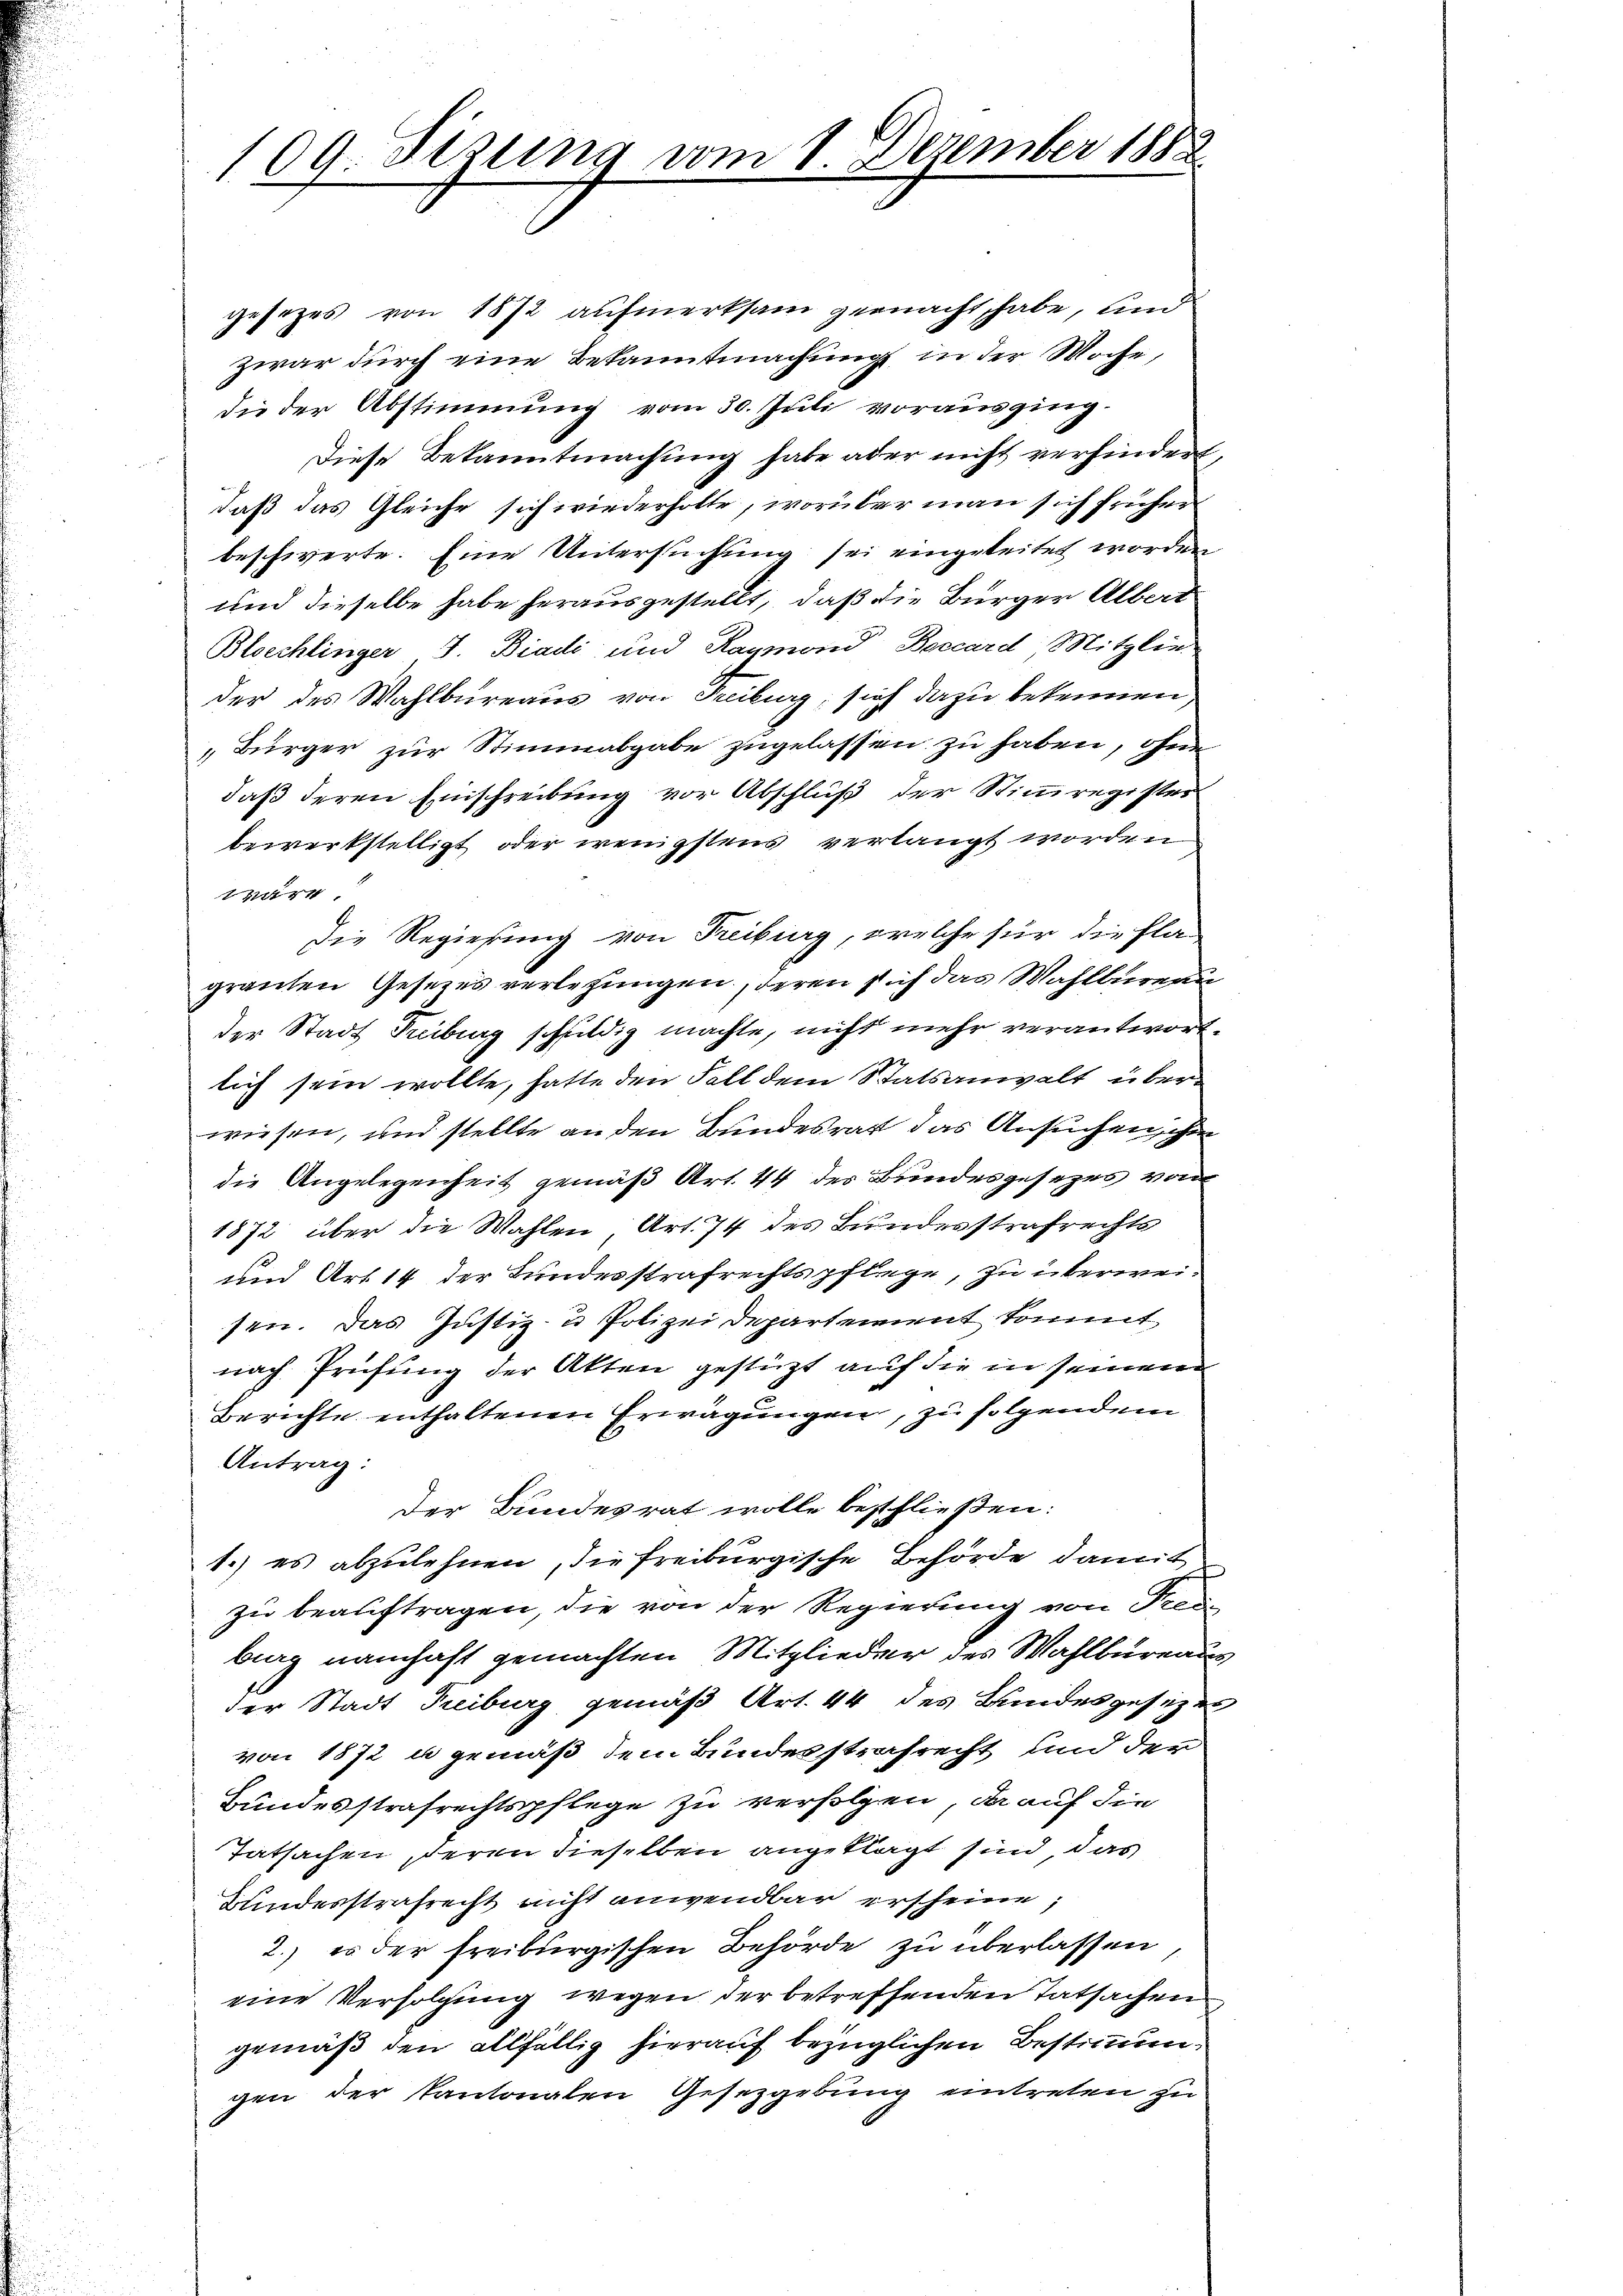
109. Sizung vom 1. Dezember 1882

gesezes von 1872 aufmerksam gemacht habe, und
zwar durch eine Bekanntmachung in der Woche,
die der Abstimmung vom 30. Juli vorausging.
Diese Bekanntmachung habe aber nicht verhindert,
daß das Gleiche sich wiederholte, worüber man sich sucher
beschwerte. Eine Untersuchung sei eingeleitet worden
und dieselbe habe herausgestellt, daß die Bürger Albert
Bloechlinger J. Biadi und Raymond, Baccard Mitglieder des Wahlbureaus von Freiburg, sich dazu bekennen,
„Bürger zur Stimmabgabe zugelassen zu haben, ohne
daß deren Einschreibung vor Abschluß der Stimmregister
bewerkstelligt oder wenigstens verlangt worden
wäre.
Die Regierung von Reiburg, welche für die Fla-
grauten Gesezes verletzungen, deren sich das Wahlbureau
der Stadt Freiburg schuldig machte, nicht mehr verantwortlich sein wollte, hatte den Fall dem Statsanwalt überwiesen, und stellte an den Bundesrat das Ansuchen, ihre
die Angelegenheit gemäß Art. 44 der Bundesgesezes von
1872 über die Wahlen Art. 74 des Bundesstrafrechts
und Art 14 der Bundesstrafrechtspflege, zu überweisen. Das Justiz- & Polizei Departement kommt,
nach Prüfung der Akten gestützt auf die in seinem
Berichte enthaltenen Erwägungen, zu folgendem
Antrag:
Der Bundesrat wolle beschließen:
1.) es abzulehnen, die freiburgische Behörde damit
zu beauftragen, die von der Regierung von Freu
burg namhaft gemachten Mitglieder des Wahlbüreausder Stadt Treiburg gemäß Art. 44 des Bundesgesezen
von 1872 u gemäß dem Bundesstrafrecht und der
Bundesstrafrechtspflege zu verfolgen, da auf die
Tatsachen, deren dieselben angeklagt sind, das
Bundesstrafrecht nicht anwendbar erscheine;
2.) es der freiburgischen Behörde zu überlassen,
eine Verfolgung wegen der betreffenden Tatsachen
gemäß den allfällig hierauf bezüglichen Bestimmungen der Kantonalen Gesetzgebung eintreten zu

e